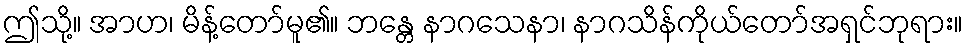
ဤသို့။ အာဟ၊ မိန့်တော်မူ၏။ ဘန္တေ နာဂသေနာ၊ နာဂသိန်ကိုယ်တော်အရှင်ဘုရား။